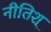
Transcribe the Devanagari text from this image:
नीतिश्